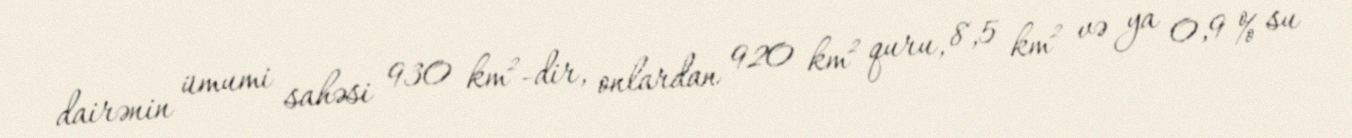
dairənin ümumi sahəsi 930 km²-dir, onlardan 920 km² quru, 8,5 km² və ya 0,9 % su